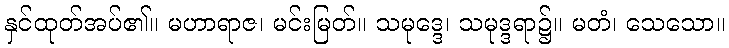
နှင်ထုတ်အပ်၏။ မဟာရာဇ၊ မင်းမြတ်။ သမုဒ္ဒေ၊ သမုဒ္ဒရာ၌။ မတံ၊ သေသော။